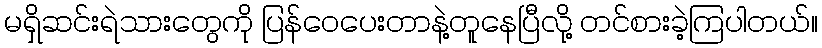
မရှိဆင်းရဲသားတွေကို ပြန်ဝေပေးတာနဲ့တူနေပြီလို့ တင်စားခဲ့ကြပါတယ်။